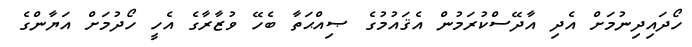
ހޯދައިދިނުމަށް އެދި އާދޭސްކުރަމުން އެޤައުމުގެ ޞިއްޙަތާ ބެހޭ ވުޒާރާގެ އެހީ ހޯދުމަށް އަޔާންގެ